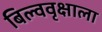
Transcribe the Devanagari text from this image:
बिल्ववृक्षाला